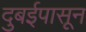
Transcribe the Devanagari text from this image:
दुबईपासून